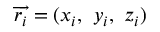
\overrightarrow { r _ { i } } = ( x _ { i } , ~ y _ { i } , ~ z _ { i } )